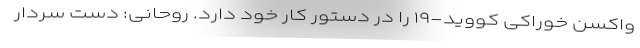
واکسن خوراکی کووید-۱۹ را در دستور کار خود دارد. روحانی: دست سردار